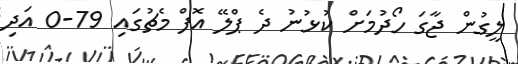
ލީގުން ޖާގަ ހޯދުމަށް ކުޅުނު ދެ ޕްލޭ އޮފް މެޗުގައި 79-0 އަދި